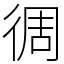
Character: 徟